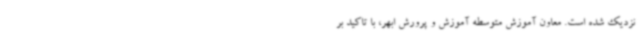
نزدیک شده است. معاون آموزش متوسطه آموزش و پرورش ابهر، با تاکید بر